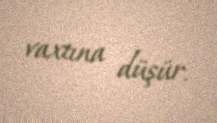
vaxtına düşür.